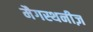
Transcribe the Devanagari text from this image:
मैगस्थनीज़